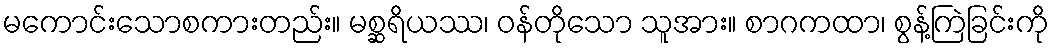
မကောင်းသောစကားတည်း။ မစ္ဆရိယဿ၊ ဝန်တိုသော သူအား။ စာဂကထာ၊ စွန့်ကြဲခြင်းကို